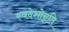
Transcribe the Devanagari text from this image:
स्वदेशोन्नति